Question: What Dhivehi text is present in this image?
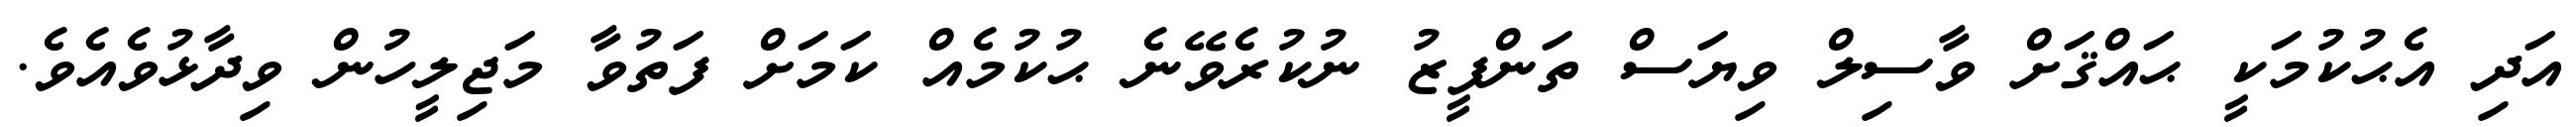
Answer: އަދި އެޙުކުމަކީ ޙައްޤަށް ވާސިލް ވިޔަސް ތަންފީޒު ނުކުރެވޭނެ ޙުކުމެއް ކަމަށް ފަތުވާ މަޖިލީހުން ވިދާޅުވެއެވެ.